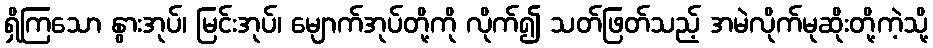
ရှိကြသော နွားအုပ်၊ မြင်းအုပ်၊ မျောက်အုပ်တို့ကို လိုက်၍ သတ်ဖြတ်သည့် အမဲလိုက်မုဆိုးတို့ကဲ့သို့